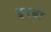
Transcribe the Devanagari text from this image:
इरबा